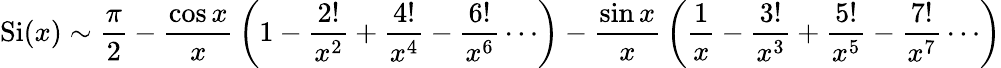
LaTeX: \operatorname{Si}(x)\sim{\frac{\pi}{2}}-{\frac{\cos x}{x}}\left(1-{\frac{2!}{x^{2}}}+{\frac{4!}{x^{4}}}-{\frac{6!}{x^{6}}}\cdots\right)-{\frac{\sin x}{x}}\left({\frac{1}{x}}-{\frac{3!}{x^{3}}}+{\frac{5!}{x^{5}}}-{\frac{7!}{x^{7}}}\cdots\right)